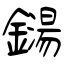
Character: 鐋